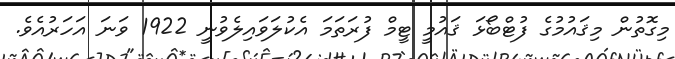
މިގޮތުން މިޤައުމުގެ ފުޓްބޯޅަ ޤައުމީ ޓީމް ފުރަތަމަ އެކުލަވައިލެވުނީ 1922 ވަނަ އަހަރުއެވެ.